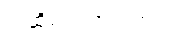
အဆိုပါသတင်းတွင်